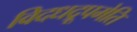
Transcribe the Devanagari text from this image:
विदधद्रूपमेति